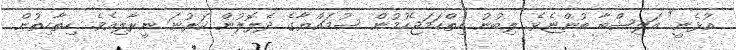
އުޅެނީ" އަލިޝްބާ ބުންޏެވެ. ލިބުނު ހިތްހަމަޖެހުމުން ސުމައްޔާގެ ދެލޮލުން ކަރުނަ ނީރާލިއެވެ. ހިތާހިތުން